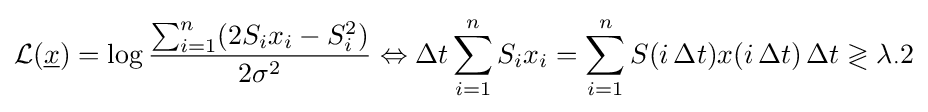
{\mathcal {L}}({\underline {x}})=\log {\frac {\sum _{i=1}^{n}(2S_{i}x_{i}-S_{i}^{2})}{2\sigma ^{2}}}\Leftrightarrow \Delta t\sum _{i=1}^{n}S_{i}x_{i}=\sum _{i=1}^{n}S(i\,\Delta t)x(i\,\Delta t)\,\Delta t\gtrless \lambda _{\cdot }2